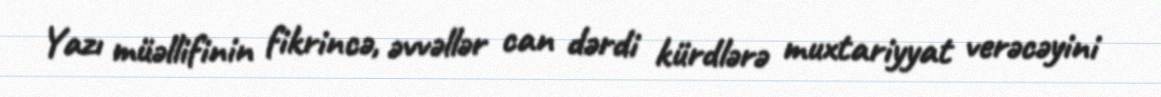
Yazı müəllifinin fikrincə, əvvəllər can dərdi kürdlərə muxtariyyat verəcəyini